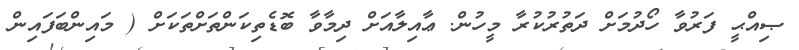
ޞިއްޙީ ފަރުވާ ހޯދުމަށް ދަތުރުކުރާ މީހުން. ޢާއިލާއަށް ދިމާވާ ބޮޑެތިކަންތަށްތަކަށް ( މައިންބަފައިން